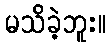
မသိခဲ့ဘူး။